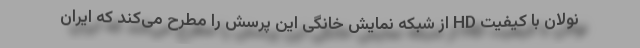
نولان با کیفیت HD از شبکه نمایش خانگی این پرسش را مطرح می‌کند که ایران